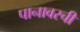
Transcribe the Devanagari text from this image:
पानावरची